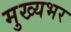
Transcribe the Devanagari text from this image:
मुख्यभर